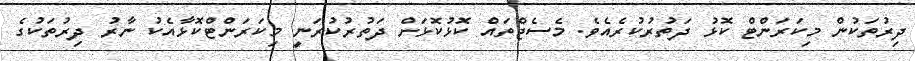
ދިރުތަކުން މިކަރަންޓް ކޮޅު ދަތުރުކުރެއެވެ. މެސެޖްތައް ކޮޅުކޮޅަށް ދަތުރުކުރަނީ މިކަރަންޓްކޮޅާއެކު ނާރު ދިރުތަކުގެ